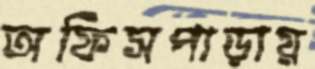
অফিসপাড়ায়